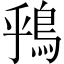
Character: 𫚶